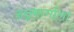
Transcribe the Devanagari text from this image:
अन्नमार्गाला